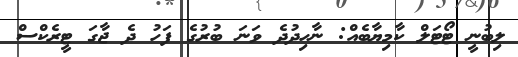
ލިބުނީ ޓޯޓަލް ކާމިޔާބެއް: ނާހިދުދެ ވަނަ ބުރުގެ ފަހު ދެ ޖާގަ ޓީރެކްސް